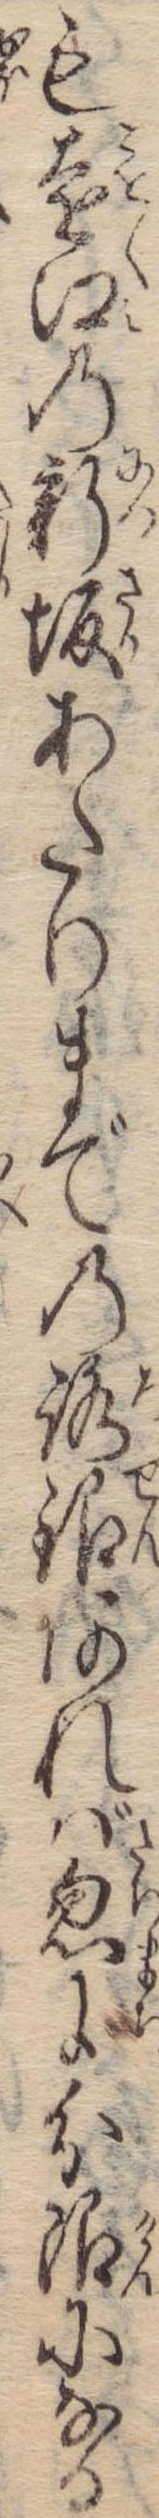
も遠江の新坂あたりまでの路銀あれば忽に分限になる